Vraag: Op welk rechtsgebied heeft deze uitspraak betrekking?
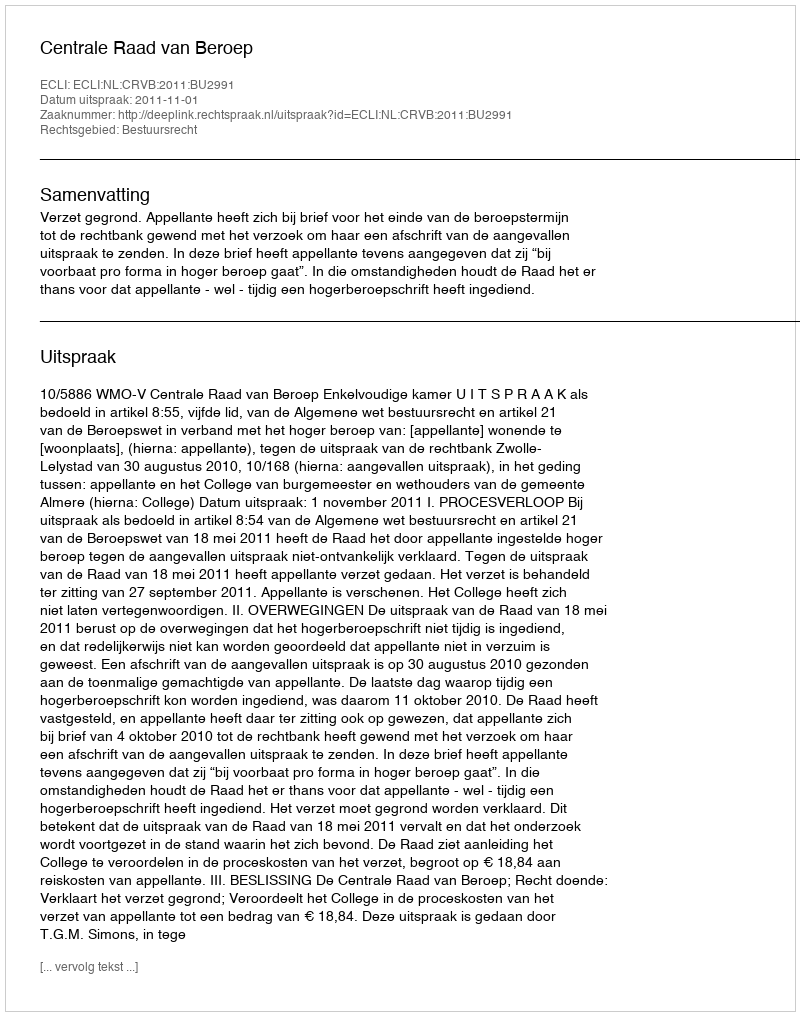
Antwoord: Bestuursrecht